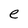
Character: e